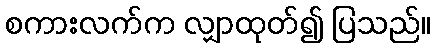
စကားလက်က လျှာထုတ်၍ ပြသည်။